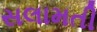
સલામતી